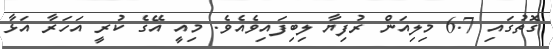
ގޮތުގައި 6.7 މިލިއަން ރުފިޔާ ލިބިފައިވެއެވެ. މިއީ އޭގެ ކުރީ އަހަރާ އަޅާ